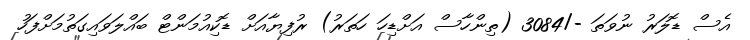
އެސް ޑޮލަރު ނުވަތަ -/3084 (ތިންހާސް އަށްޑިހަ ހަތަރު) ރުފިޔާއަށް ޑޮކިއުމަންޓް ބައްލަވައިގަތުމަށްފަހު